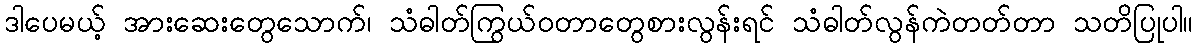
ဒါပေမယ့် အားဆေးတွေသောက်၊ သံဓါတ်ကြွယ်ဝတာတွေစားလွန်းရင် သံဓါတ်လွန်ကဲတတ်တာ သတိပြုပါ။